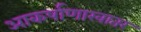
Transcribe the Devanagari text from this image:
आकर्षाणाखातर